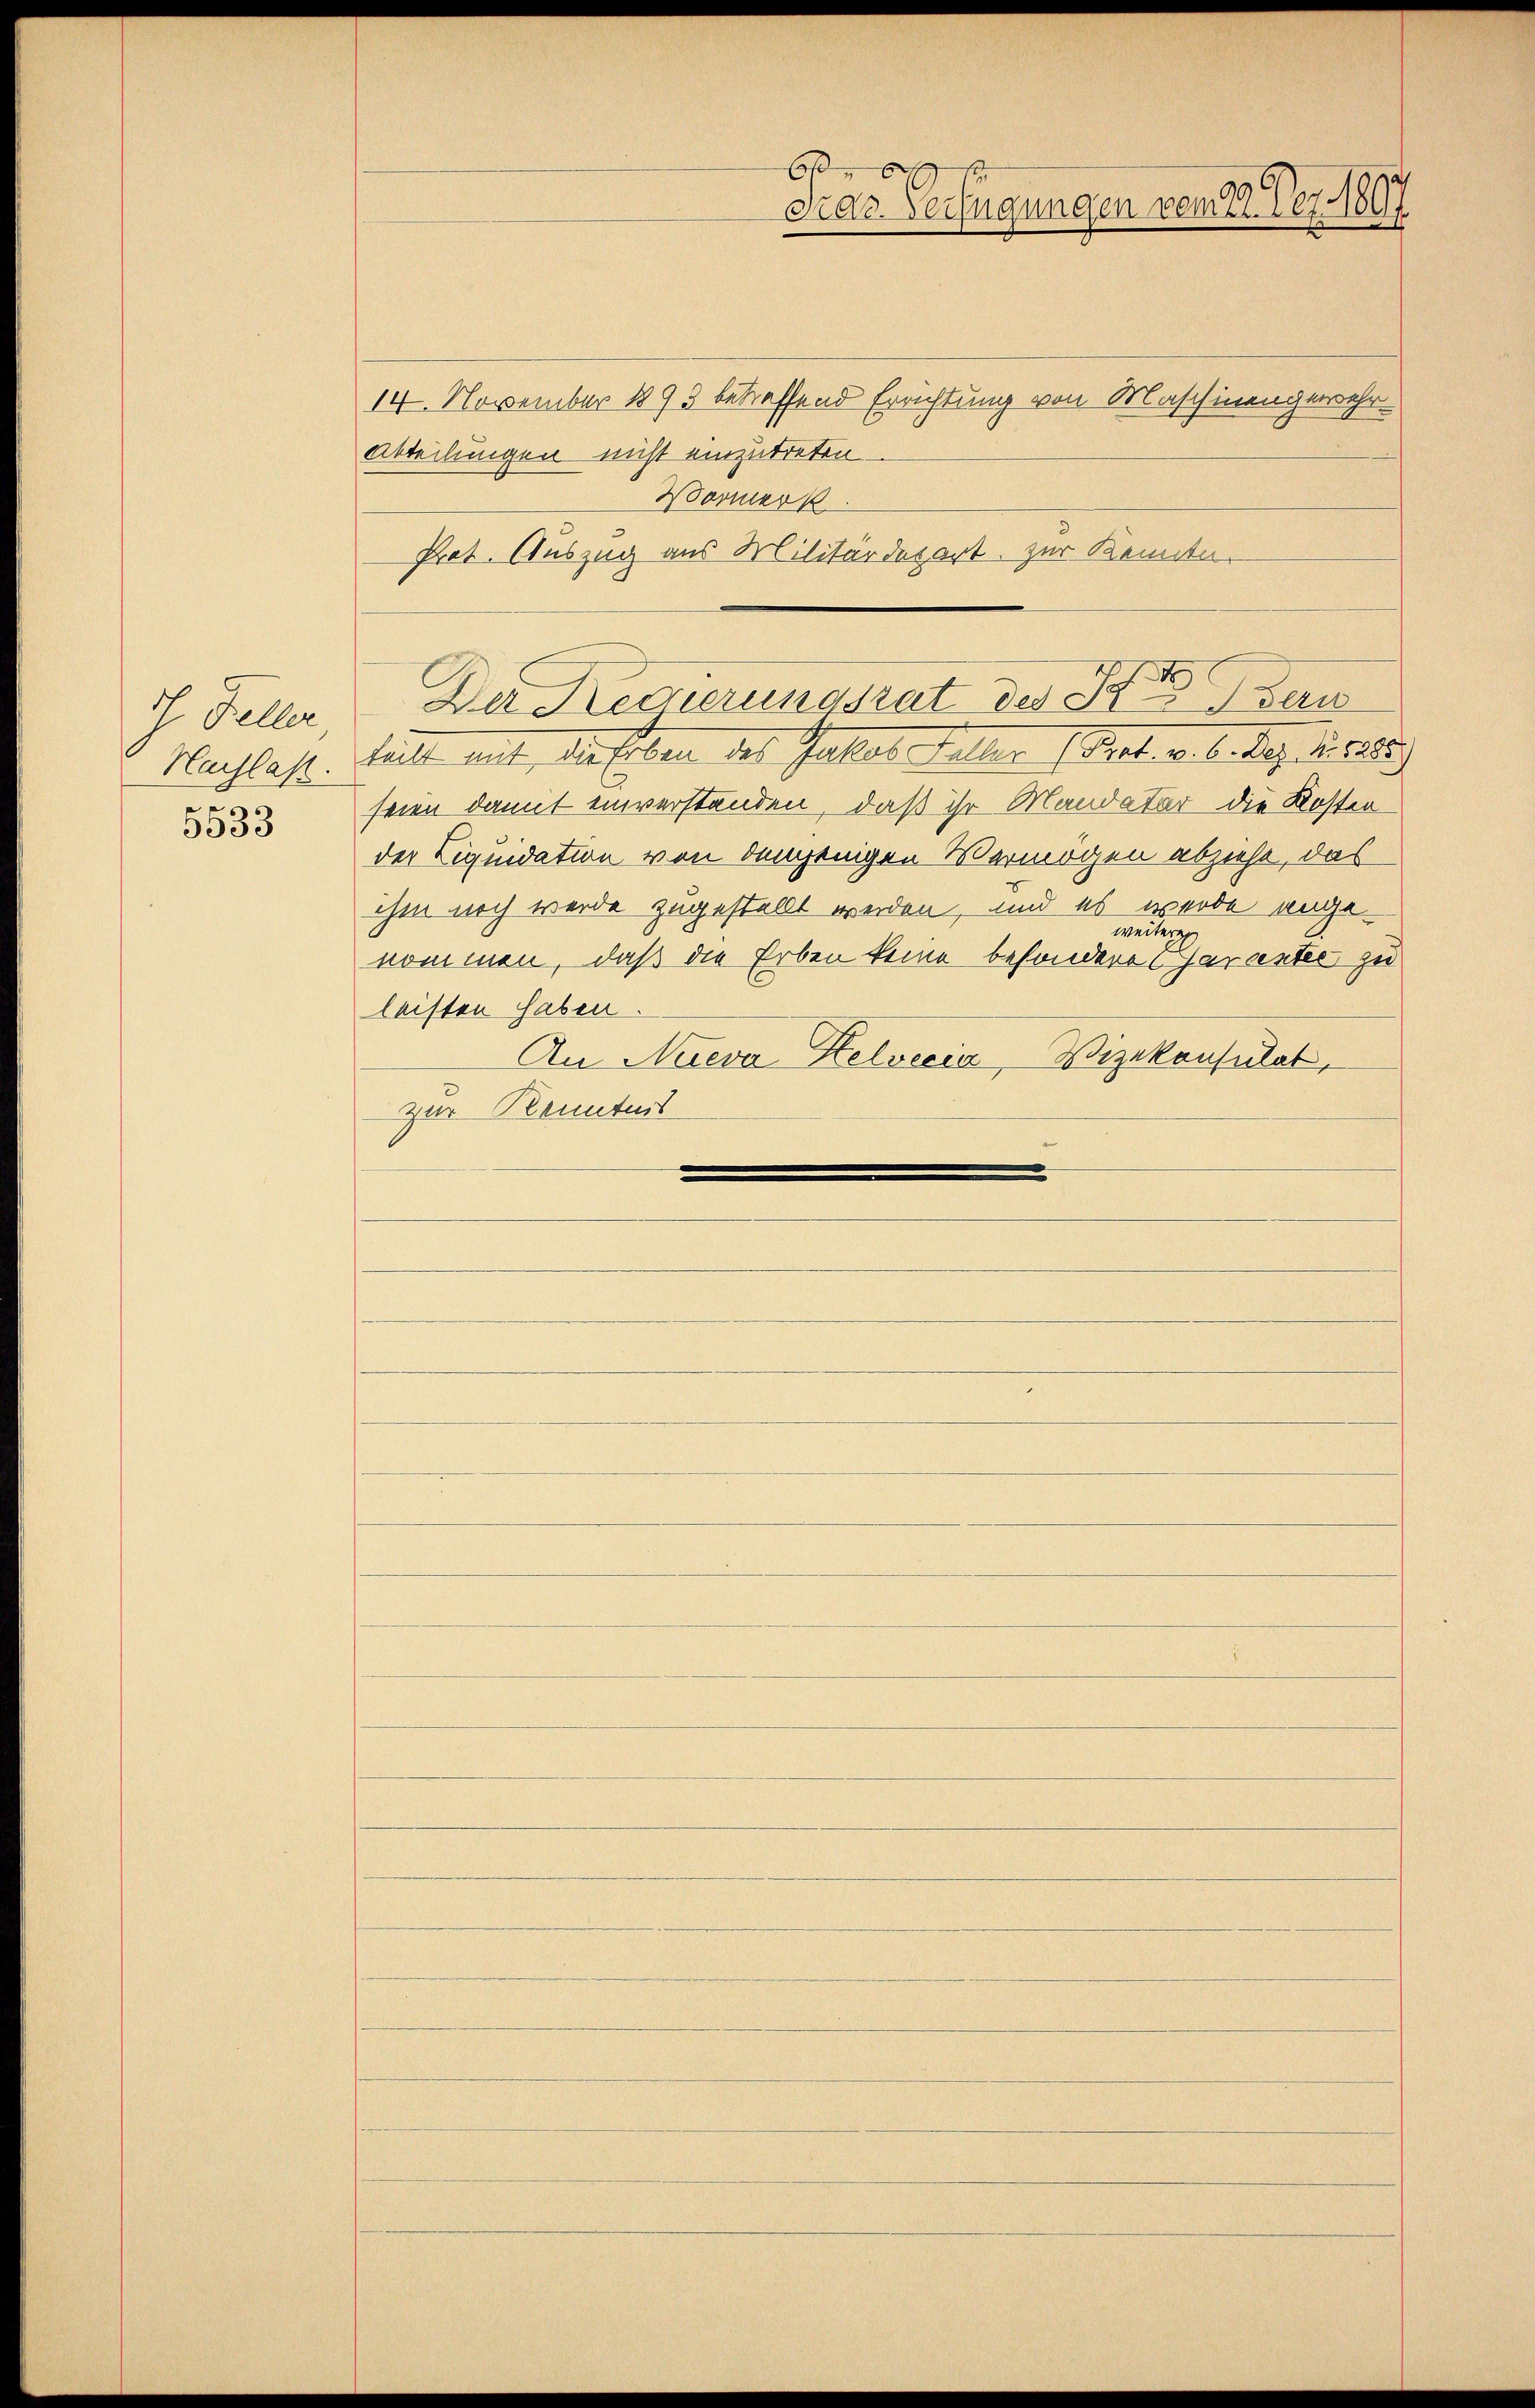
ch Feller
Nachlaß.
.
5333

14. November 1893 betreffend Errichtung von Maschinengewehr
Abteilungen nicht einzutreten
Vormerk.
Prot. Auszug aus Militärdepart. zur Kenntn
tälte mit, diesen das Gattet Hellen 1. Art. v. 6. Dez. 1885
seien damit einverstanden, daß ihr Mandatar die Kosten
der Liquidation von demjenigen Vermögen abziehe, das
ihm noch werde zugestellt werden, und es werde angeweiter
nommen, daß die Erben keine besondere Garantie zu
leisten haben.
An Nieva Helvecia, Vizekonsulat,
zur Kenntnis

61
Dar Verfügungen vom 12. Dez. 1897

Da Regierungsrat des Stern